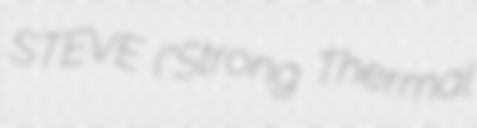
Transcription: STEVE ("Strong Thermal